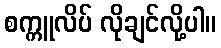
စက္ကူလိပ် လိုချင်လို့ပါ။